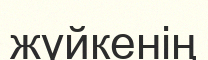
жүйкенің